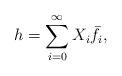
LaTeX: \begin{align*}h = \sum_{i = 0}^\infty X_i \bar f_i,\end{align*}